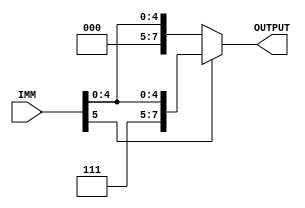
module sign_extend(IMM, OUTPUT);
	input [5:0] IMM;
	output [7:0] OUTPUT;
	
	assign OUTPUT = IMM[5] ? {2'b11, IMM} : {2'b00, IMM};
	
endmodule